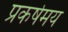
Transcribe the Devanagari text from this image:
प्रकर्षमय